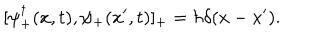
[ \psi _ { + } ^ { \dagger } ( x , t ) , \psi _ { + } ( x ^ { \prime } , t ) ] _ { + } = \hbar \delta ( x - x ^ { \prime } ) .